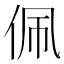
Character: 佩